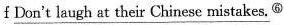
f \underline{Don't laugh at their Chinese mistakes.}⑥